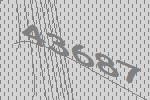
43687